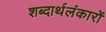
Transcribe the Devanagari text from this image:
शब्दार्थलंकारों